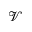
\mathcal { V }